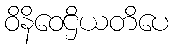
ဝိနိဝေဌိယတိပေ